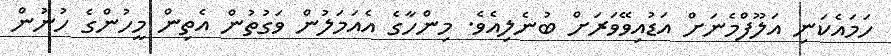
ހަމައެކަނި އަލޫފްމެނަށް އަޑުއިވޭވަރަށް ބުނެލިއެވެ. މިންހާގެ އެއަމަލުން ވަގުތުން އެތިން މީހުންގެ ހުނުން